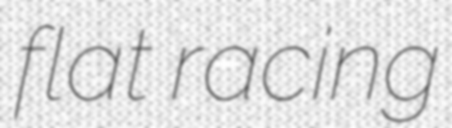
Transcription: flat racing